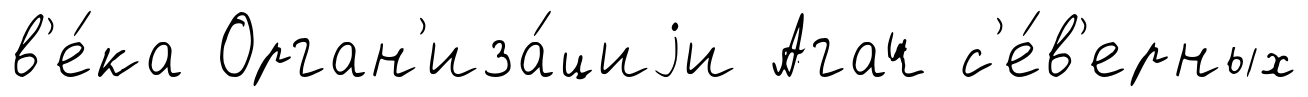
в'е́ка Орган'иза́циjи Агач с'е́в'ерных